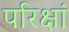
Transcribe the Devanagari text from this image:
परिक्षां